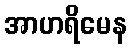
အာဟရိမေန